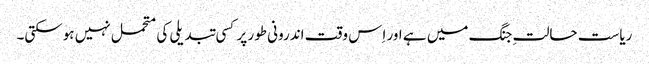
ریاست حالتِ جنگ میں ہے اور اِس وقت اندرونی طور پر کسی تبدیلی کی متحمل نہیں ہوسکتی۔